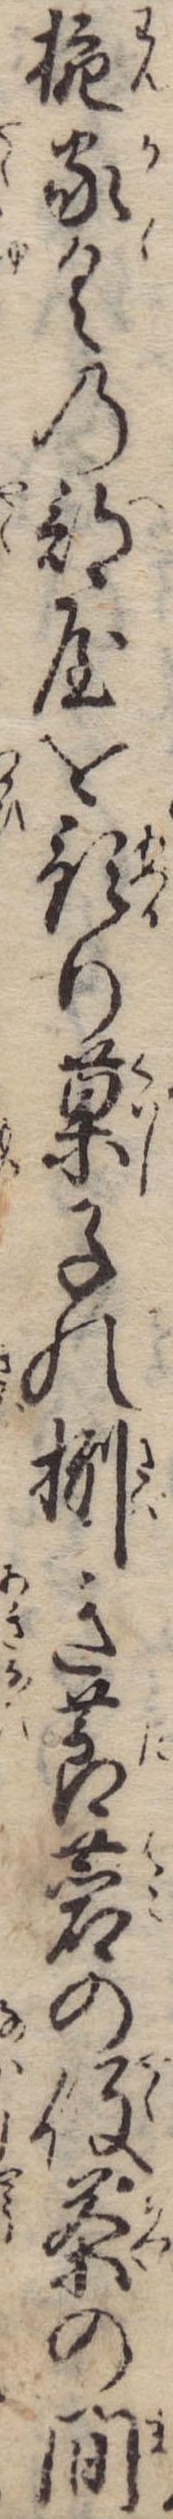
椀家具の部屋を預り菓子の捌き莨菪の役茶の間